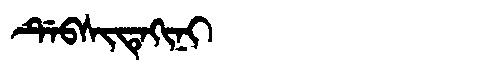
Manchu: ᡩᡝᠪᠰᡳᡨᡝᡴᡳᠨᡳ
Romanization: DEBSITEKINI